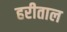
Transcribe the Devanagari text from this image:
हरीताल